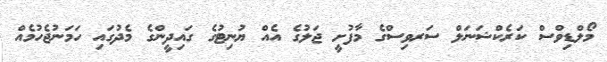
މޯލްޑިވްސް ކަރެކްޝަނަލް ސަރވިސްގެ މާފުށީ ޖަލުގެ އެއް ޔުނިޓުގެ ގައިދީންގެ މެދުގައި ހަމަނުޖެހުމެއް